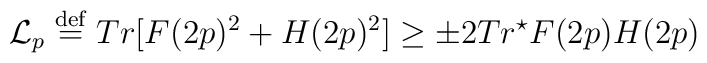
{\cal L} _{p} \stackrel{\rm def}{=}Tr[F(2p)^2 +H(2p)^2] \geq \pm 2 Tr^{\star} F(2p)H(2p)